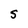
Character: S